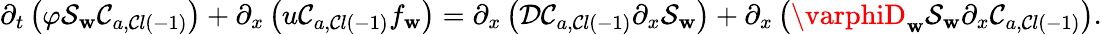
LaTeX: \partial_{t}\left(\varphi\mathcal{S}_{\mathbf{w}}\mathcal{C}_{a,\mathcal{C}l\left(-1\right)}\right)+\partial_{x}\left(u\mathcal{C}_{a,\mathcal{C}l\left(-1\right)}f_{\mathbf{w}}\right)=\partial_{x}\left(\mathcal{{D}}\mathcal{C}_{a,\mathcal{C}l\left(-1\right)}\partial_{x}\mathcal{S}_{\mathbf{w}}\right)+\partial_{x}\left(\varphiD_{\mathbf{w}}\mathcal{S}_{\mathbf{w}}\partial_{x}\mathcal{C}_{a,\mathcal{C}l\left(-1\right)}\right).